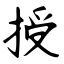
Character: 授